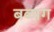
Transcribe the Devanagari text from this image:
बळाग